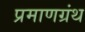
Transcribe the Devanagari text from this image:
प्रमाणग्रंथ